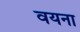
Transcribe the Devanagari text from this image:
वयना